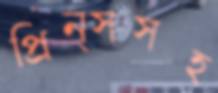
প্রিন্সসহ